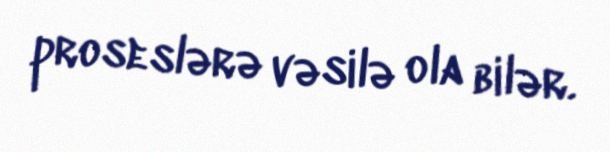
proseslərə vəsilə ola bilər.